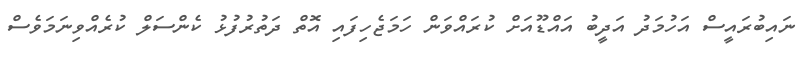
ނައިބުރައީސް އަހުމަދު އަދީބު އައްޑޫއަށް ކުރައްވަން ހަމަޖެހިފައި އޮތް ދަތުރުފުޅު ކެންސަލް ކުރެއްވިނަމަވެސް